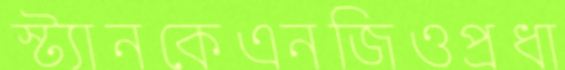
স্ট্যানকেএনজিওপ্রধা